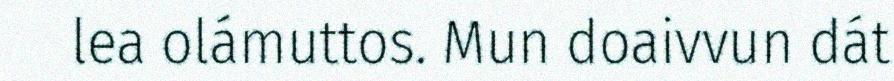
lea olámuttos. Mun doaivvun dát